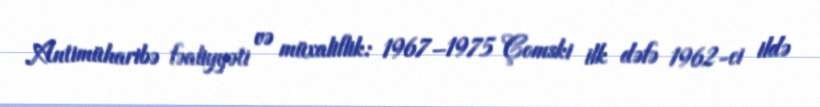
Antimüharibə fəaliyyəti və müxaliflik: 1967–1975 Çomski ilk dəfə 1962-ci ildə